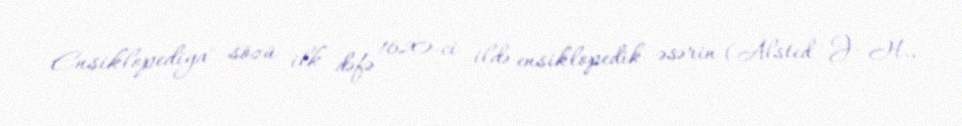
Ensiklopediya" sözü ilk dəfə 1620-ci ildə ensiklopedik əsərin (Alsted J. H.,